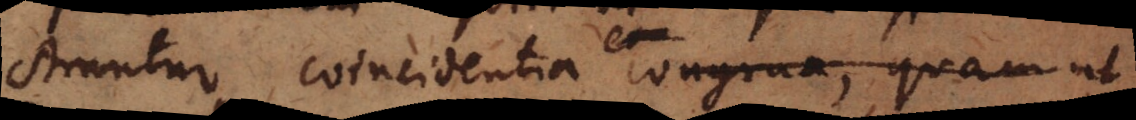
strentur coincidentia et congrua quam ut